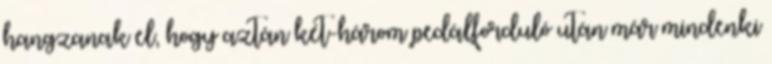
hangzanak el, hogy aztán két-három pedálforduló után már mindenki